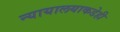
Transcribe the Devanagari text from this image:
न्यायालयाकडेही